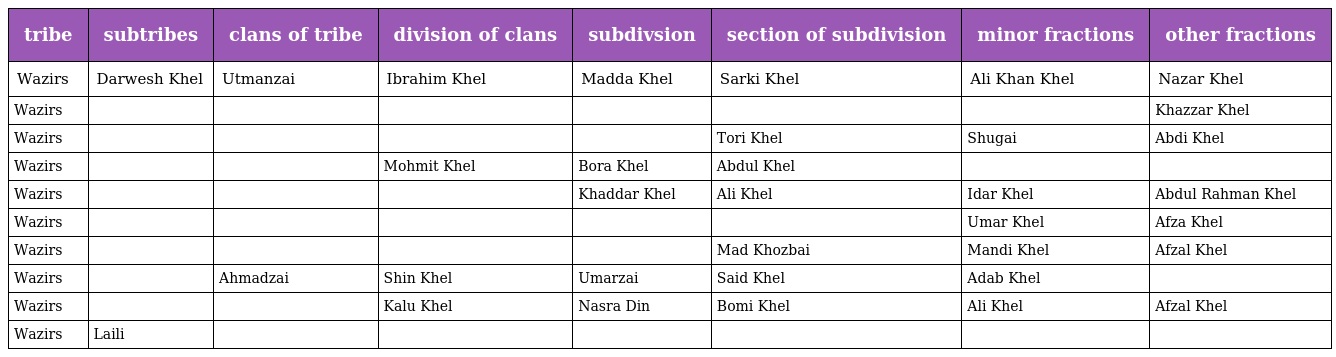
| tribe | subtribes | clans of tribe | division of clans | subdivsion | section of subdivision | minor fractions | other fractions |
 | --- | --- | --- | --- | --- | --- | --- | --- |
 | Wazirs | Darwesh Khel | Utmanzai | Ibrahim Khel | Madda Khel | Sarki Khel | Ali Khan Khel | Nazar Khel |
 | Wazirs |  |  |  |  |  |  | Khazzar Khel |
 | Wazirs |  |  |  |  | Tori Khel | Shugai | Abdi Khel |
 | Wazirs |  |  | Mohmit Khel | Bora Khel | Abdul Khel |  |  |
 | Wazirs |  |  |  | Khaddar Khel | Ali Khel | Idar Khel | Abdul Rahman Khel |
 | Wazirs |  |  |  |  |  | Umar Khel | Afza Khel |
 | Wazirs |  |  |  |  | Mad Khozbai | Mandi Khel | Afzal Khel |
 | Wazirs |  | Ahmadzai | Shin Khel | Umarzai | Said Khel | Adab Khel |  |
 | Wazirs |  |  | Kalu Khel | Nasra Din | Bomi Khel | Ali Khel | Afzal Khel |
 | Wazirs | Laili |  |  |  |  |  |  |